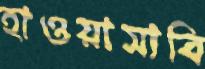
হাওয়াসাবি